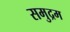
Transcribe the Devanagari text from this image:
समुद्रम